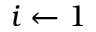
i \gets 1